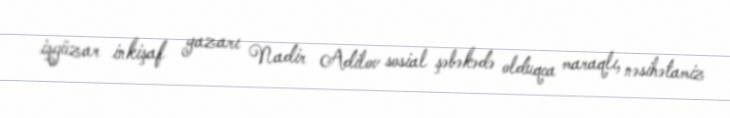
işgüzar inkişaf yazarı Nadir Adilov sosial şəbəkədə olduqca maraqlı, nəsihətamiz